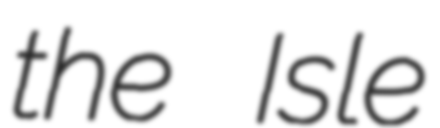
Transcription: the Isle